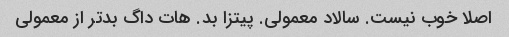
اصلا خوب نیست. سالاد معمولی. پیتزا بد. هات داگ بدتر از معمولی